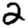
Digit: 2